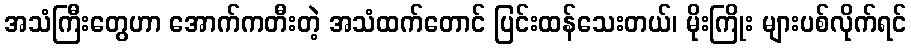
အသံကြီးတွေဟာ အောက်ကတီးတဲ့ အသံထက်တောင် ပြင်းထန်သေးတယ်၊ မိုးကြိုး များပစ်လိုက်ရင်